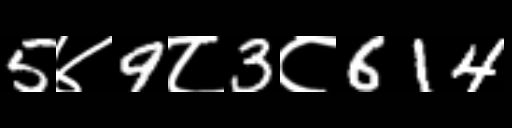
Text: 5४9८3८614